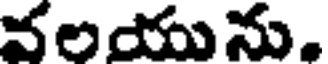
వలయును.